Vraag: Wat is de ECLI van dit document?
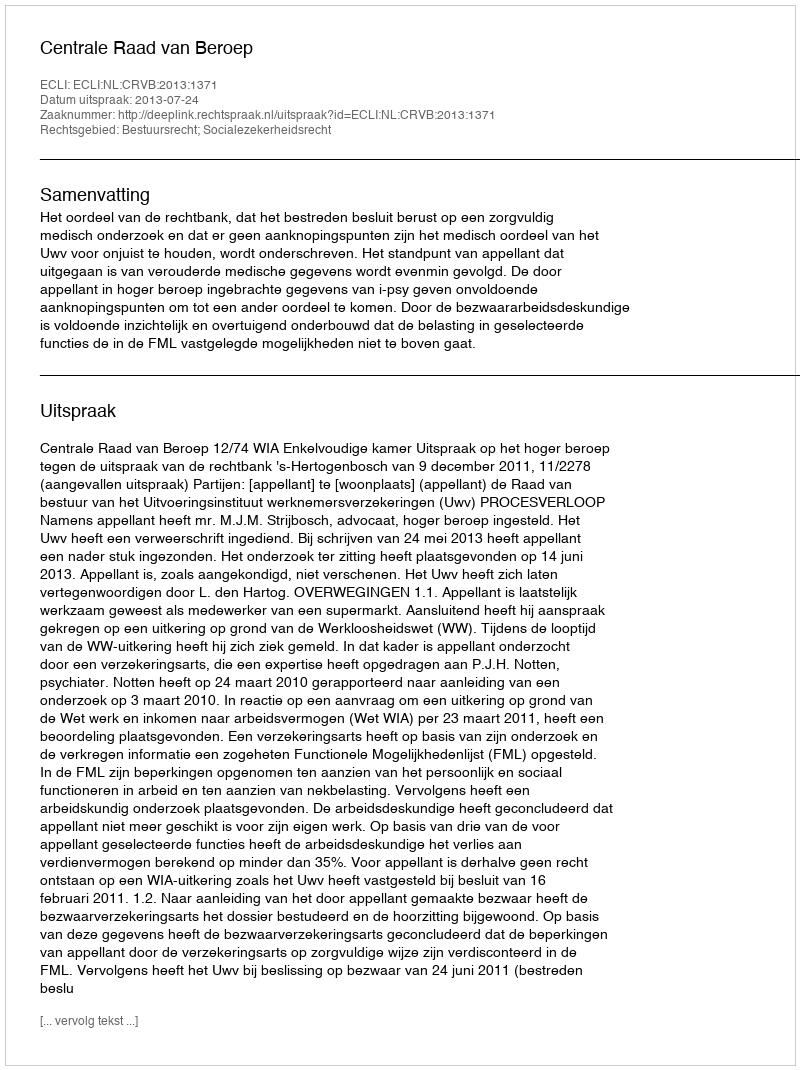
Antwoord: ECLI:NL:CRVB:2013:1371